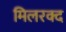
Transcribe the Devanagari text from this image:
मिलरक्द